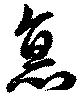
悳